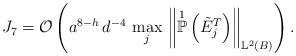
LaTeX: \begin{align*}J_{7} = \mathcal{O}\left(a^{8-h} \, d^{-4} \, \max_j \,\left\Vert \overset{1}{\mathbb{P}}\left( \tilde{E}^{T}_j\right) \right\Vert_{\mathbb{L}^{2}(B)}\right). \end{align*}